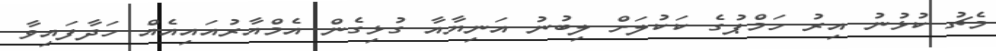
މެޗު ކުޅުނު އިރު ހަމްޕުގެ ކަކުލަށް ލިބުނު އަނިޔާއާ ގުޅިގެން އެމްއާރުއައިއެއް ހަދާފައިވާ